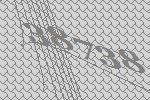
38738